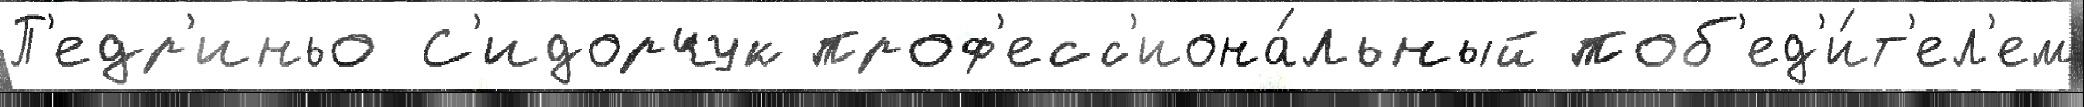
П'едр'иньо С'идорчук проф'есс'иона́льный поб'ед'и́т'ел'ем